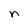
Character: n